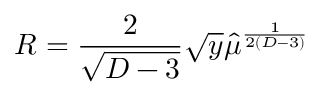
R = { \frac { 2 } { \sqrt { D - 3 } } } \sqrt y \hat { \mu } ^ { \frac { 1 } { 2 ( D - 3 ) } }